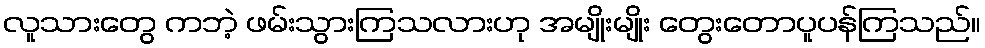
လူသားတွေ ကဘဲ့ ဖမ်းသွားကြသလားဟု အမျိုးမျိုး တွေးတောပူပန်ကြသည်။